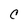
Character: C